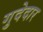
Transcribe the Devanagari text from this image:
गुदेदार